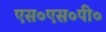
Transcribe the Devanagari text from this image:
एस०एस०पी०